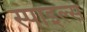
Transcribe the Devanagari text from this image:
स्पाइल्स